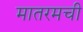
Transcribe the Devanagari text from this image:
मातरमची